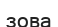
зова